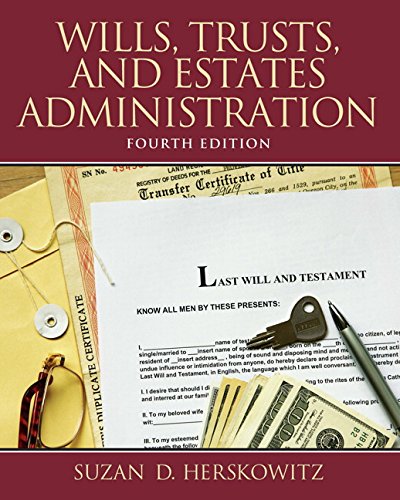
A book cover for Wills, Trusts, and Estates Administration (4th Edition); Suzan D Herskowitz; Law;